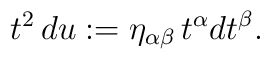
t^2\,du:=\eta_{\alpha\beta}\,t^{\alpha}dt^{\beta}.